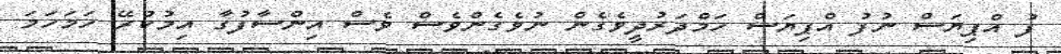
ފު އްޕިޔަސް ނުފު އްޕިޔަަސް ހަމްދަރުދީވެގެން ނުވެގެންވެސް ވެސް އިންސާފުގާ އިމުކުރޭ ހަމަހަމަ